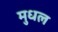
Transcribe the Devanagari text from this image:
मुधल